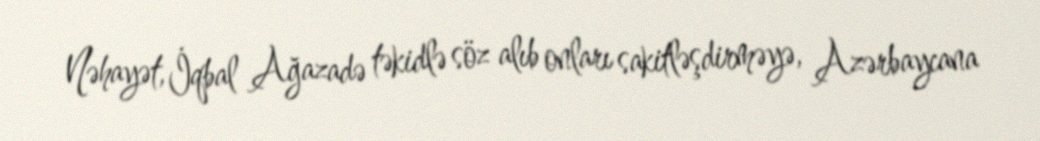
Nəhayət, İqbal Ağazadə təkidlə söz alıb onları sakitləşdirməyə, Azərbaycana